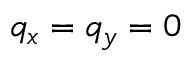
q _ { x } = q _ { y } = 0